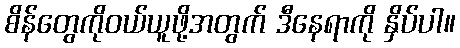
စိန်တွေကိုဝယ်ယူဖို့အတွက် ဒီနေရာကို နှိပ်ပါ။